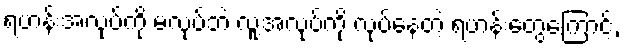
ရဟန်းအလုပ်ကို မလုပ်ဘဲ လူ့အလုပ်ကို လုပ်နေတဲ့ ရဟန်းတွေကြောင့်,